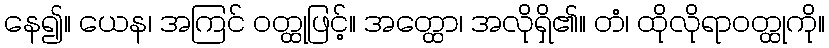
နေ၍။ ယေန၊ အကြင် ဝတ္ထုဖြင့်။ အတ္ထော၊ အလိုရှိ၏။ တံ၊ ထိုလိုရာဝတ္ထုကို။